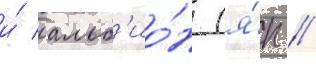
и́ альб'ио́н (я́п //